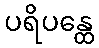
ပရိပန္ထေ